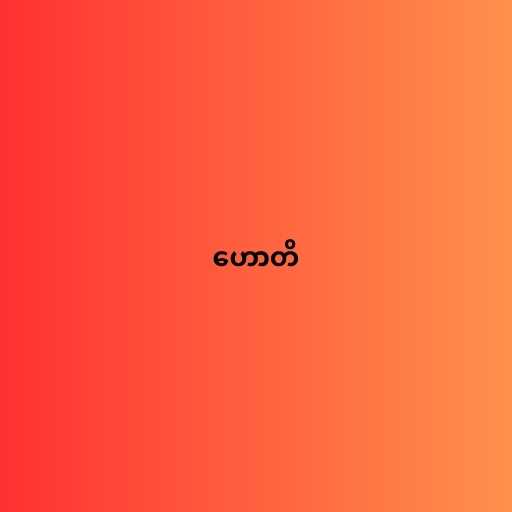
ဟောတိ